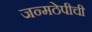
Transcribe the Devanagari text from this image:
जन्मठेपीची